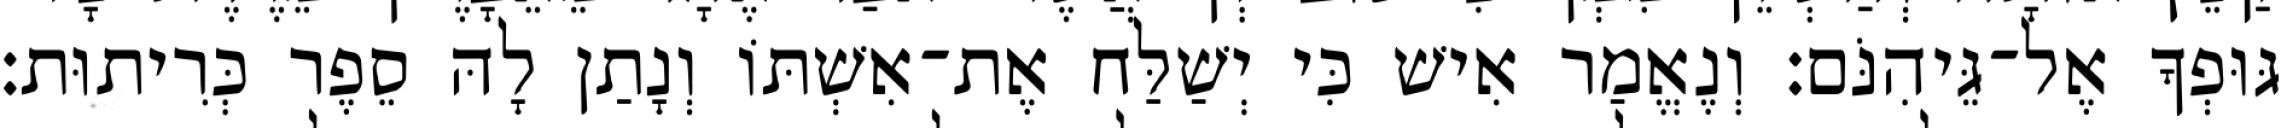
גּוּפְךָ אֶל־גֵּיהִנֹּם׃ וְנֶאֱמַר אִישׁ כִּי יְשַׁלַּח אֶת־אִשְׁתּוֹ וְנָתַן לָהּ סֵפֶר כְּרִיתוּת׃